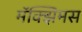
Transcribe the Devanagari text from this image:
मॅक्झिमस